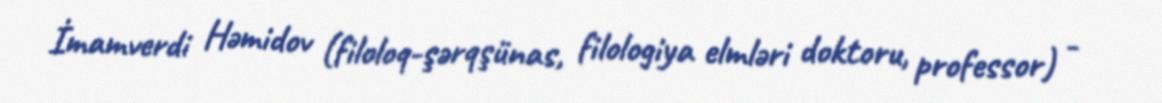
İmamverdi Həmidov (filoloq-şərqşünas, filologiya elmləri doktoru, professor) -